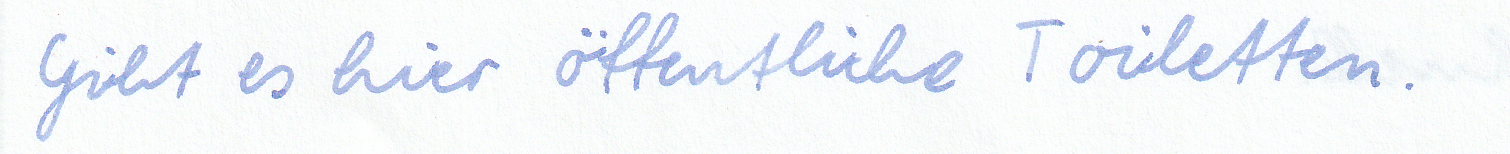
Gibt es hier öffentliche Toiletten.